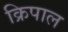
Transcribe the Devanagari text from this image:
क्रिपाल